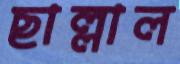
ছাল্লাল